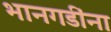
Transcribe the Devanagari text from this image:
भानगडींना